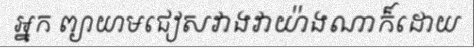
អ្នក ព្យាយាមជៀសវាងវាយ៉ាងណាក៏ដោយ